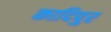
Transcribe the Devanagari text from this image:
कादिपुर